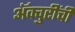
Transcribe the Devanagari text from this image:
ॲक्चुरींची